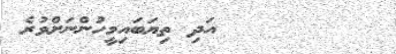
٨٥        އަދި ތިޔަބައިމީހުންނަށްވުރެ